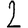
Digit: 2